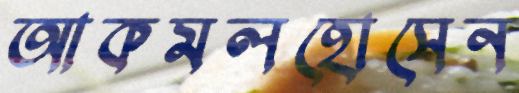
আকমলহোসেন